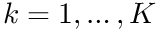
k = 1 , \ldots , K